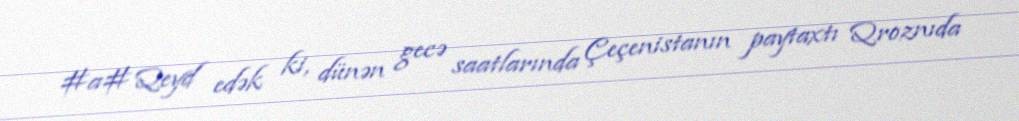
#a# Qeyd edək ki, dünən gecə saatlarında Çeçenistanın paytaxtı Qroznıda